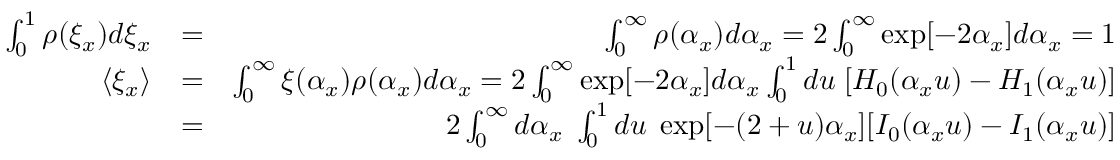
\begin{array} { r l r } { \int _ { 0 } ^ { 1 } \rho ( \xi _ { x } ) d \xi _ { x } } & { = } & { \int _ { 0 } ^ { \infty } \rho ( \alpha _ { x } ) d \alpha _ { x } = 2 \int _ { 0 } ^ { \infty } \exp [ - 2 \alpha _ { x } ] d \alpha _ { x } = 1 } \\ { \langle \xi _ { x } \rangle } & { = } & { \int _ { 0 } ^ { \infty } \xi ( \alpha _ { x } ) \rho ( \alpha _ { x } ) d \alpha _ { x } = 2 \int _ { 0 } ^ { \infty } \exp [ - 2 \alpha _ { x } ] d \alpha _ { x } \int _ { 0 } ^ { 1 } d u \; [ H _ { 0 } ( \alpha _ { x } u ) - H _ { 1 } ( \alpha _ { x } u ) ] } \\ & { = } & { 2 \int _ { 0 } ^ { \infty } d \alpha _ { x } \; \int _ { 0 } ^ { 1 } d u \; \exp [ - ( 2 + u ) \alpha _ { x } ] [ I _ { 0 } ( \alpha _ { x } u ) - I _ { 1 } ( \alpha _ { x } u ) ] } \end{array}